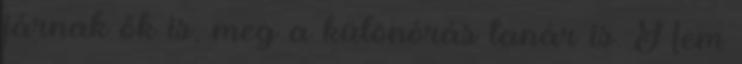
járnak ők is, meg a különórás tanár is. Nem